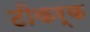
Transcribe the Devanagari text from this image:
टीकर्क